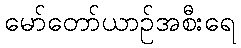
မော်တော်ယာဉ်အစီးရေ